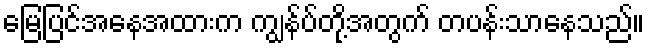
မြေပြင်အနေအထားက ကျွန်ပ်တို့အတွက် တပန်းသာနေသည်။